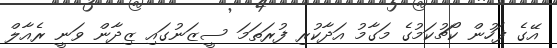
އޭގެ ފަހުން ކޯޗުކަމުގެ މަގާމު އަދާކުރި ފުރަތަމަ ސީޒަނުގައި ޒިދާން ވަނީ ރެއާލް